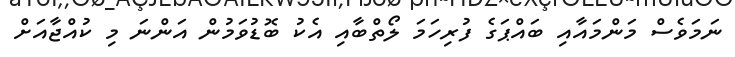
ނަމަވެސް މަންމައާއި ބައްޕަގެ ފުރިހަމަ ލޯތްބާއި އެކު ބޮޑުވަމުން އަންނަ މި ކުއްޖާއަށް